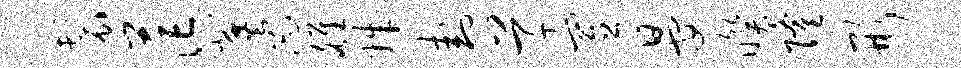
鬟茫冀忐雒姝卦草置晏暌隆形